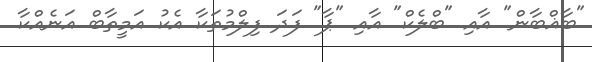
"ބާޣްބާން" އާއި "ބްލެކް" އާއި "ޕާ" ފަދަ ފިލްމުތަކާ އެކު އަމީތާބް އަނެއްކާ